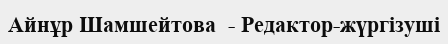
Айнұр Шамшейтова  - Редактор-жүргізуші